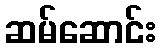
ဆမ်ဆောင်း